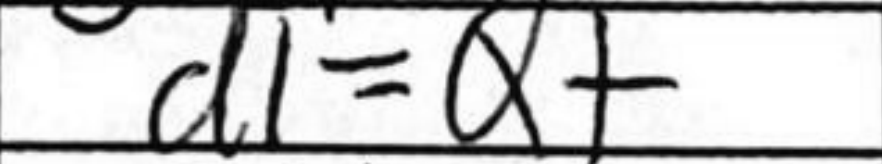
Transcription: d1=Q+